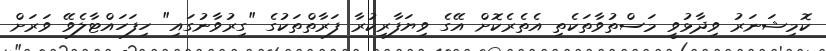
ކޮމިޝަނަރު ވިދާޅުވީ މަސްތުވާތަކެތި އެތެރެކޮށް އޭގެ ވިޔަފާރިކުރާ ފަރާތްތަކުގެ "ގިރުވާނުގައި" ހިފަހައްޓާލެވޭ ވަރަށް